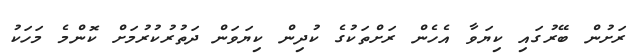
ރަށުން ބޭރުގައި ކިޔަވާ އެހެން ރަށްތަކުގެ ކުދިން ކިޔަވަން ދަތުރުކުރުމަށް ކޮންމެ މަހަކު